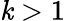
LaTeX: \mathit{k}>1